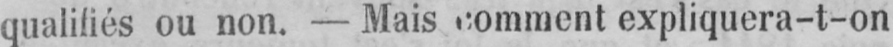
qualifiés ou non. - Mais comment expliquera-t-on